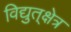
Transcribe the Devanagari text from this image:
विद्युत्‌क्षेत्र